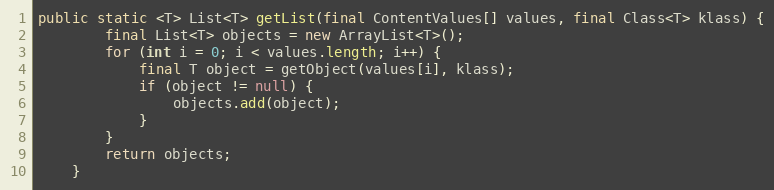
Language: Java
public static <T> List<T> getList(final ContentValues[] values, final Class<T> klass) {
        final List<T> objects = new ArrayList<T>();
        for (int i = 0; i < values.length; i++) {
            final T object = getObject(values[i], klass);
            if (object != null) {
                objects.add(object);
            }
        }
        return objects;
    }